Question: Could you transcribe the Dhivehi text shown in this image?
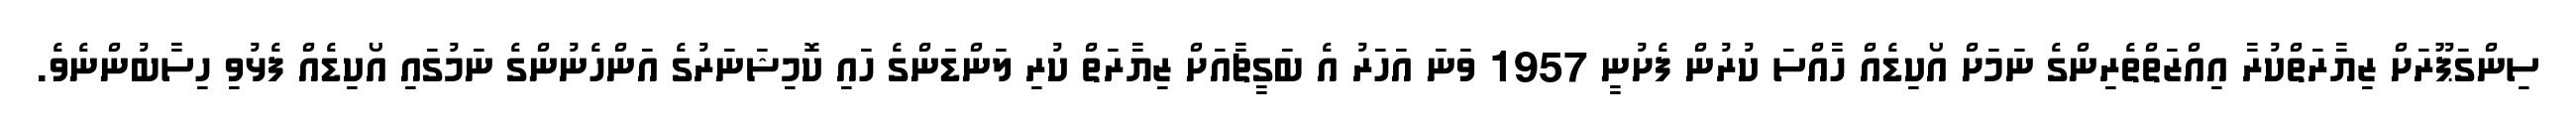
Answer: ސިންގަޕޫރަށް ޒިޔާރަތްކުރާ އިއްޒަތްތެރިންގެ ނަމަށް އޯކިޑެއް ހާއްސަ ކުރުން ފެށުނީ 1957 ވަނަ އަހަރު އެ ބަގީޗާއަށް ޒިޔާރަތް ކުރި ލަންޑަންގެ ހައި ކޮމިޝަނަރުގެ އަންހެނުންގެ ނަމުގައި އޯކިޑެއް ފެޅުވި ހިސާބުންނެވެ.